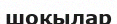
шоқылар